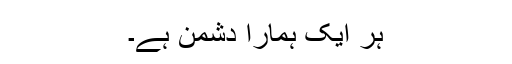
ہر ایک ہمارا دشمن ہے۔